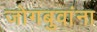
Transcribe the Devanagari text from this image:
जोगबुवांना